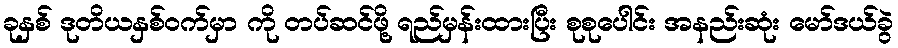
ခုနှစ် ဒုတိယနှစ်ဝက်မှာ ကို တပ်ဆင်ဖို့ ရည်မှန်းထားပြီး စုစုပေါင်း အနည်းဆုံး မော်ဒယ်ခွဲ